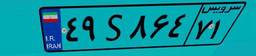
۴۹S۸۶۴۷۱